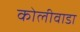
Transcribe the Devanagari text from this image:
कोलीवाडा